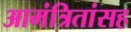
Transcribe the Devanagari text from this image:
आमंत्रितांसह